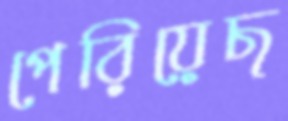
পেরিয়েছ